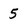
Character: 5